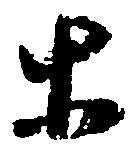
等